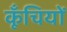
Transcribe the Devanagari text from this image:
कूँचियों